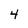
Character: 4